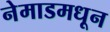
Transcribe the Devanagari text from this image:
नेमाडमधून